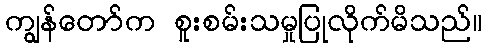
ကျွန်တော်က စူးစမ်းသမှုပြုလိုက်မိသည်။